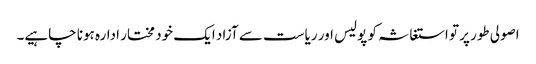
اصولی طور پر تو استغاثہ کو پولیس اور ریاست سے آزاد ایک خود مختار ادارہ ہونا چاہیے۔